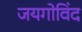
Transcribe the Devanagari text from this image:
जयगोविंद